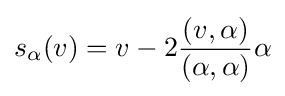
s_{\alpha }(v)=v-2{\frac {(v,\alpha )}{(\alpha ,\alpha )}}\alpha